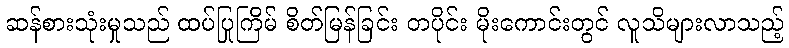
ဆန်စားသုံးမှုသည် ထပ်ပြုကြိမ် စိတ်မြန်ခြင်း တပိုင်း မိုးကောင်းတွင် လူသိများလာသည့်